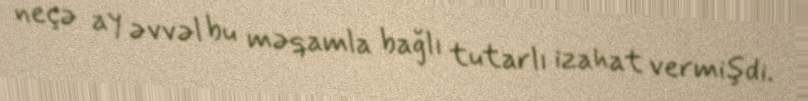
neçə ay əvvəl bu məqamla bağlı tutarlı izahat vermişdi.